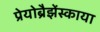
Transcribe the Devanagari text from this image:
प्रेयोब्रैझेंस्काया